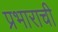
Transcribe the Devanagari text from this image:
प्रभाराची